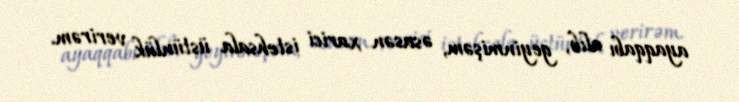
ayaqqabı alıb, geyinmişəm, əsasən xarici istehsala üstünlük verirəm.